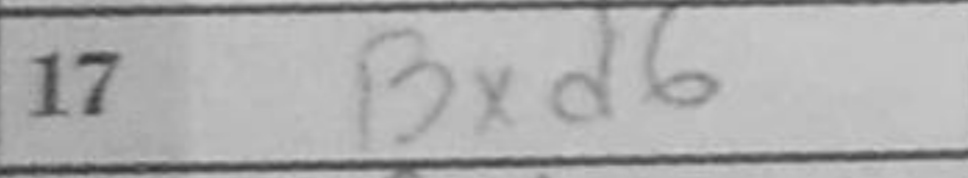
Transcription: Bxd6